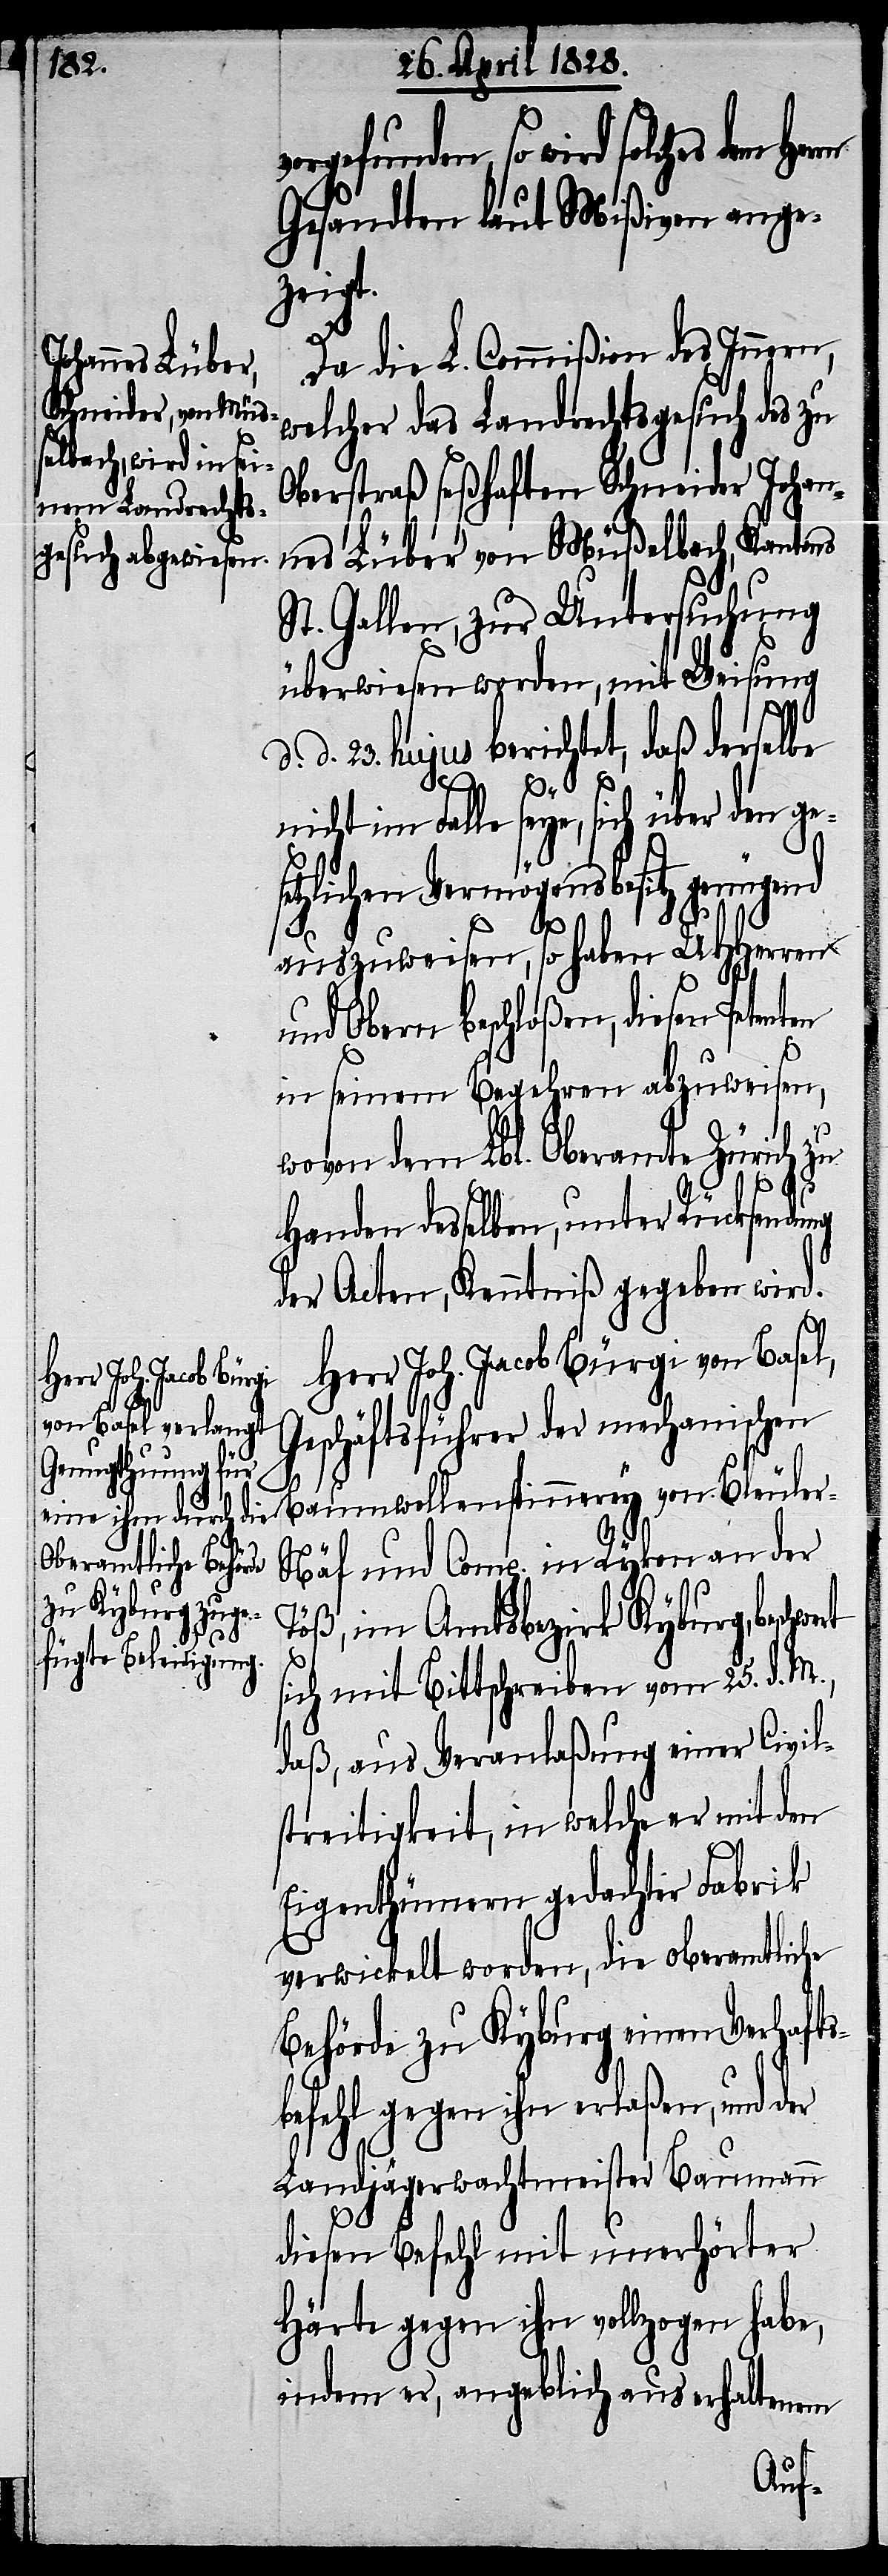
vorgefunden, so wird solches
Gesandten laut Mißiven ange¬
zeigt.
Da die L. Commißion des Innern,
welcher das Landrechtsgesuch des zu
Oberstraß seßhaften Schneider Johan¬
nes Lüber von Müßelbach, Kantons
St. Gallen, zur Untersuchung
überwiesen worden, mit Weisung
d. d. 23. hujus berichtet, daß derselbe
nicht im Falle seye, sich über den gese¬
tzlichen Vermögensbesitz genüge¬
nd
auszuweisen, so haben UHHerren
und Obern beschloßen, diesen Petenten
in seinem Begehren abzuweisen,
wovon dem Lbl. Oberamte Zürich zu
Handen desselben, unter Rücksendung
der Acten, Kenntniß gegeben wird.
Herr Joh. Jacob Bürgi von Basel,
Geschäftsführer der mechanischen
Baumwollenspinnerey von Bleule¬
r-Näf und Comp. in Ryken an der
Töß, im Amtsbezirk Kyburg,
sich mit Bittschreiben vom 25. d. M.,
daß, aus Veranlaßung einer Civil¬
streitigkeit, in welche er mit den
Eigenthümern gedachter Fabrik
verwickelt worden, die oberamtliche
Behörde zu Kyburg einen Verhafts¬
befehl gegen ihn erlaßen, und der
Landjägerwachtmeister Baumann
diesen Befehl mit unerhörter
Härte gegen ihn vollzogen habe,
indem er, angeblich aus erhaltenem